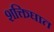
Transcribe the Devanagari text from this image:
शक्तिघात